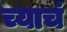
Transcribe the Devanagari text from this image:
च्याचं